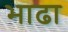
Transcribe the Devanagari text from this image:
भाढा